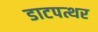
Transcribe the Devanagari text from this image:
डाटपत्थर